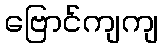
ဗြောင်ကျကျ